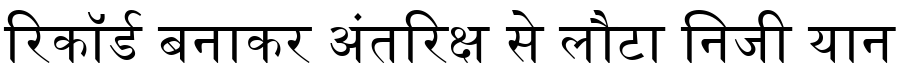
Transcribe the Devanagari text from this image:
रिकॉर्ड बनाकर अंतरिक्ष से लौटा निजी यान